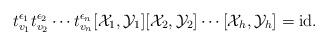
LaTeX: \begin{align*}t_{v_1}^{\epsilon_1} t_{v_2}^{\epsilon_2} \cdots t_{v_n}^{\epsilon_n} [\mathcal{X}_1,\mathcal{Y}_1][\mathcal{X}_2,\mathcal{Y}_2] \cdots [\mathcal{X}_h,\mathcal{Y}_h] = \mathrm{id}. \end{align*}